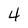
Character: 4